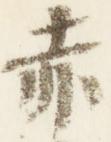
赤